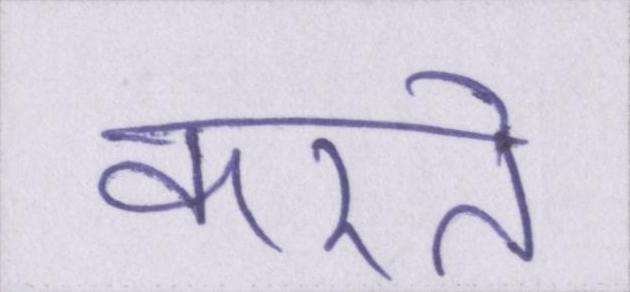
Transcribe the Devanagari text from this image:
करते